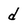
Character: d